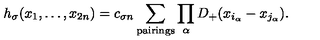
h _ { \sigma } ( x _ { 1 } , \ldots , x _ { 2 n } ) = c _ { \sigma n } \sum _ { \mathrm { p a i r i n g s } } \prod _ { \alpha } D _ { + } ( x _ { i _ { \alpha } } - x _ { j _ { \alpha } } ) .